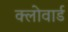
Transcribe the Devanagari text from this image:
क्लोवार्ड